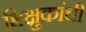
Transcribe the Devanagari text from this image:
भिक्षुकांची